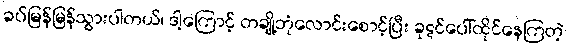
ခပ်မြန်မြန်သွားပါတယ်၊ ဒါ့ကြောင့် တချို့ဘုံလောင်းစောင့်ပြီး ခုဋင်ပေါ်ထိုင်နေကြတဲ့